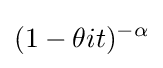
(1-\theta it)^{-\alpha }